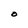
Character: O